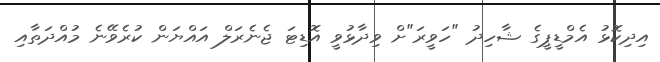
އިދިކޮޅު އެމްޑީޕީގެ ޝާހިދު "ހަވީރަ"ށް ވިދާޅުވީ އޮޑިޓަ ޖެނެރަލް އައްޔަން ކުރެވޭނެ މުއްދަތާއި